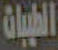
الطيبات